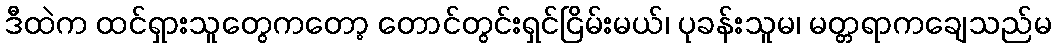
ဒီထဲက ထင်ရှားသူတွေကတော့ တောင်တွင်းရှင်ငြိမ်းမယ်၊ ပုခန်းသူမ၊ မတ္တရာကချေသည်မ